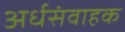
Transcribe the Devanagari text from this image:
अर्धसंवाहक